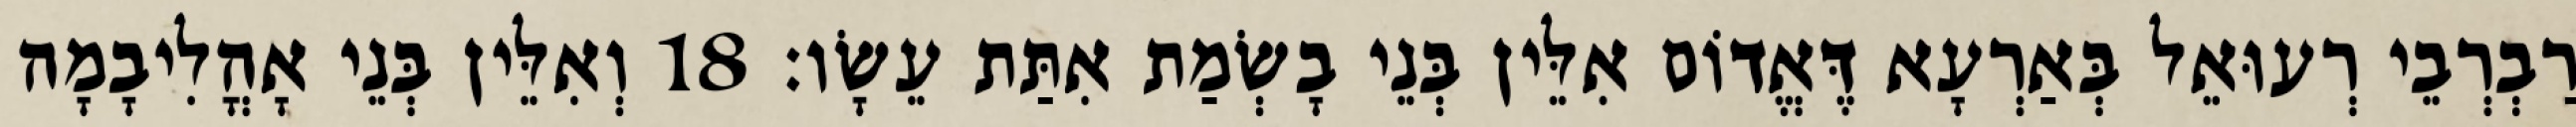
רַבְרְבֵי רְעוּאֵל בְּאַרְעָא דֶּאֱדוֹם אִלֵּין בְּנֵי בָשְׂמַת אִתַּת עֵשָׂו׃ 18 וְאִלֵּין בְּנֵי אָהֳלִיבָמָה